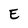
Character: E